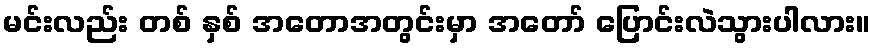
မင်းလည်း တစ် နှစ် အတောအတွင်းမှာ အတော် ပြောင်းလဲသွားပါလား။